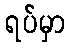
ရပ်မှာ